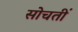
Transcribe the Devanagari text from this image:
सोचतीं